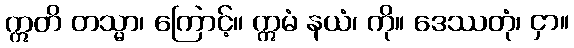
ဣတိ တသ္မာ၊ ကြောင့်။ ဣမံ နယံ၊ ကို။ ဒေဿတုံ၊ ငှာ။